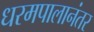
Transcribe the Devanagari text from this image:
धरमपालानंतर